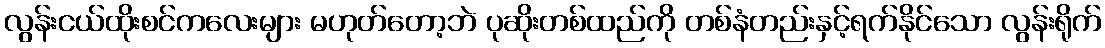
လွန်းငယ်ထိုးစင်ကလေးများ မဟုတ်တော့ဘဲ ပုဆိုးတစ်ထည်ကို တစ်နံတည်းနှင့်ရက်နိုင်သော လွန်းရိုက်